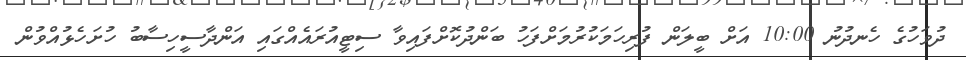
ދުވަހުގެ ހެނދުނު 10:00 އަށް ބީލަން ފުރިހަމަކުރުމަށްފަހު ބަންދުކޮށްފައިވާ ސިޓީއުރައެއްގައި އަންދާސީހިސާބު ހުށަހެޅުއްވުން